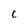
Character: C